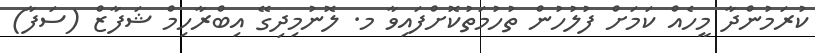
ކުރަމުންދާ މީހެއް ކަމަށް ފުލުހުން ތުހުމަތުކޮށްފައިވާ މ. ލޮނުމިދިގޭ އިބްރާހިމް ޝަފާޒް (ސަފާ)